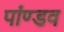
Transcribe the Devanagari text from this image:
पांण्‍डव